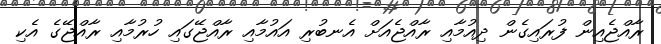
ރާއްޖެއިން ފުރައިގެން ދިއުމާއި ރާއްޖެއަށް އެނބުރި އައުމާއި ރާއްޖޭގައި ހުރުމާއި ރާއްޖޭގެ އެކި